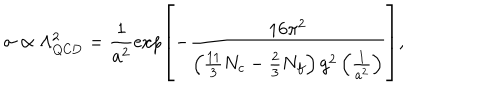
\sigma \propto \Lambda _ { \mathrm { Q C D } } ^ { 2 } = \frac { 1 } { a ^ { 2 } } \exp \left[ - \frac { 1 6 \pi ^ { 2 } } { \left( \frac { 1 1 } { 3 } N _ { c } - \frac 2 3 N _ { f } \right) g ^ { 2 } \left( \frac { 1 } { a ^ { 2 } } \right) } \right] ,